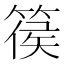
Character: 篌